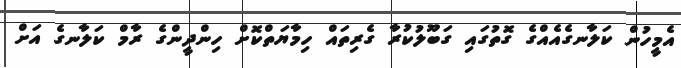
އެމީހުން ކަލާނގެއެއްގެ ގޮތުގައި ގަބޫލުކުރާ ގެރިތައް ހިމާޔަތްކޮށް ހިންދީންގެ ރާމް ކަލާނގެ އަށް